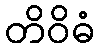
တိဝိဓံ